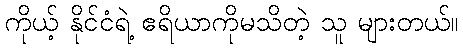
ကိုယ့် နိုင်ငံရဲ့ ဧရိယာကိုမသိတဲ့ သူ များတယ်။